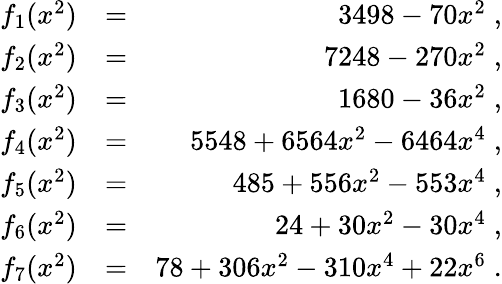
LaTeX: \begin{array}{rlr}{f_{1}(x^{2})}&{=}&{3498-70x^{2}\; ,}\\ {f_{2}(x^{2})}&{=}&{7248-270x^{2}\; ,}\\ {f_{3}(x^{2})}&{=}&{1680-36x^{2}\; ,}\\ {f_{4}(x^{2})}&{=}&{5548+6564x^{2}-6464x^{4}\; ,}\\ {f_{5}(x^{2})}&{=}&{485+556x^{2}-553x^{4}\; ,}\\ {f_{6}(x^{2})}&{=}&{24+30x^{2}-30x^{4}\; ,}\\ {f_{7}(x^{2})}&{=}&{78+306x^{2}-310x^{4}+22x^{6}\; .}\end{array}